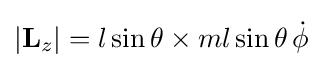
|\mathbf {L} _{z}|=l\sin \theta \times ml\sin \theta \,{\dot {\phi }}